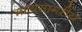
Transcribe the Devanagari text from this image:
मध्यसागरीय